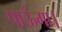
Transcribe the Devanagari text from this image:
पाऊँगा।